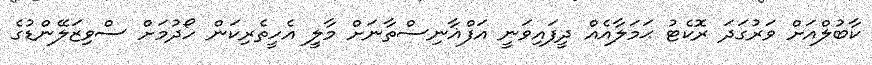
ކާބުލްއަށް ވަރުގަދަ ރޮކެޓު ޙަމަލާއެއް ދީފައިވަނީ އަފްޣާނިސްތާނަށް މާލީ އެހީތެރިކަން ހޯދުމަށް ސްވިޒަލޭންޑުގެ